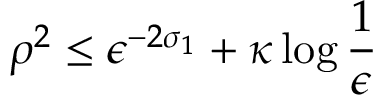
\rho ^ { 2 } \le \epsilon ^ { - 2 \sigma _ { 1 } } + \kappa \log \frac { 1 } { \epsilon }